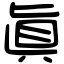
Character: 眞